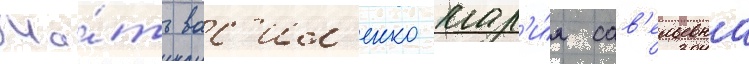
Ма́ть вас'ил'енко мар'и́я сав'ельевна